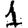
Digit: 1